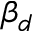
\beta _ { d }